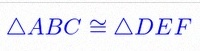
\triangle ABC\cong\triangle DEF